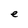
Character: e